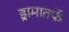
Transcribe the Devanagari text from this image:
ड्रामातर्फे